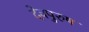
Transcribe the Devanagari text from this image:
देवपुरुष